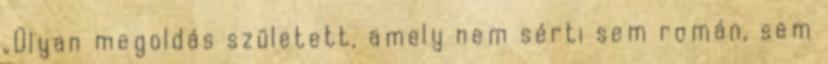
„Olyan megoldás született, amely nem sérti sem román, sem